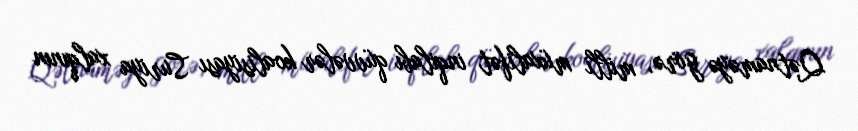
Qətnaməyə görə, milli müxalifət inqilabı qüvvələr koalisiyası Suriya xalqının